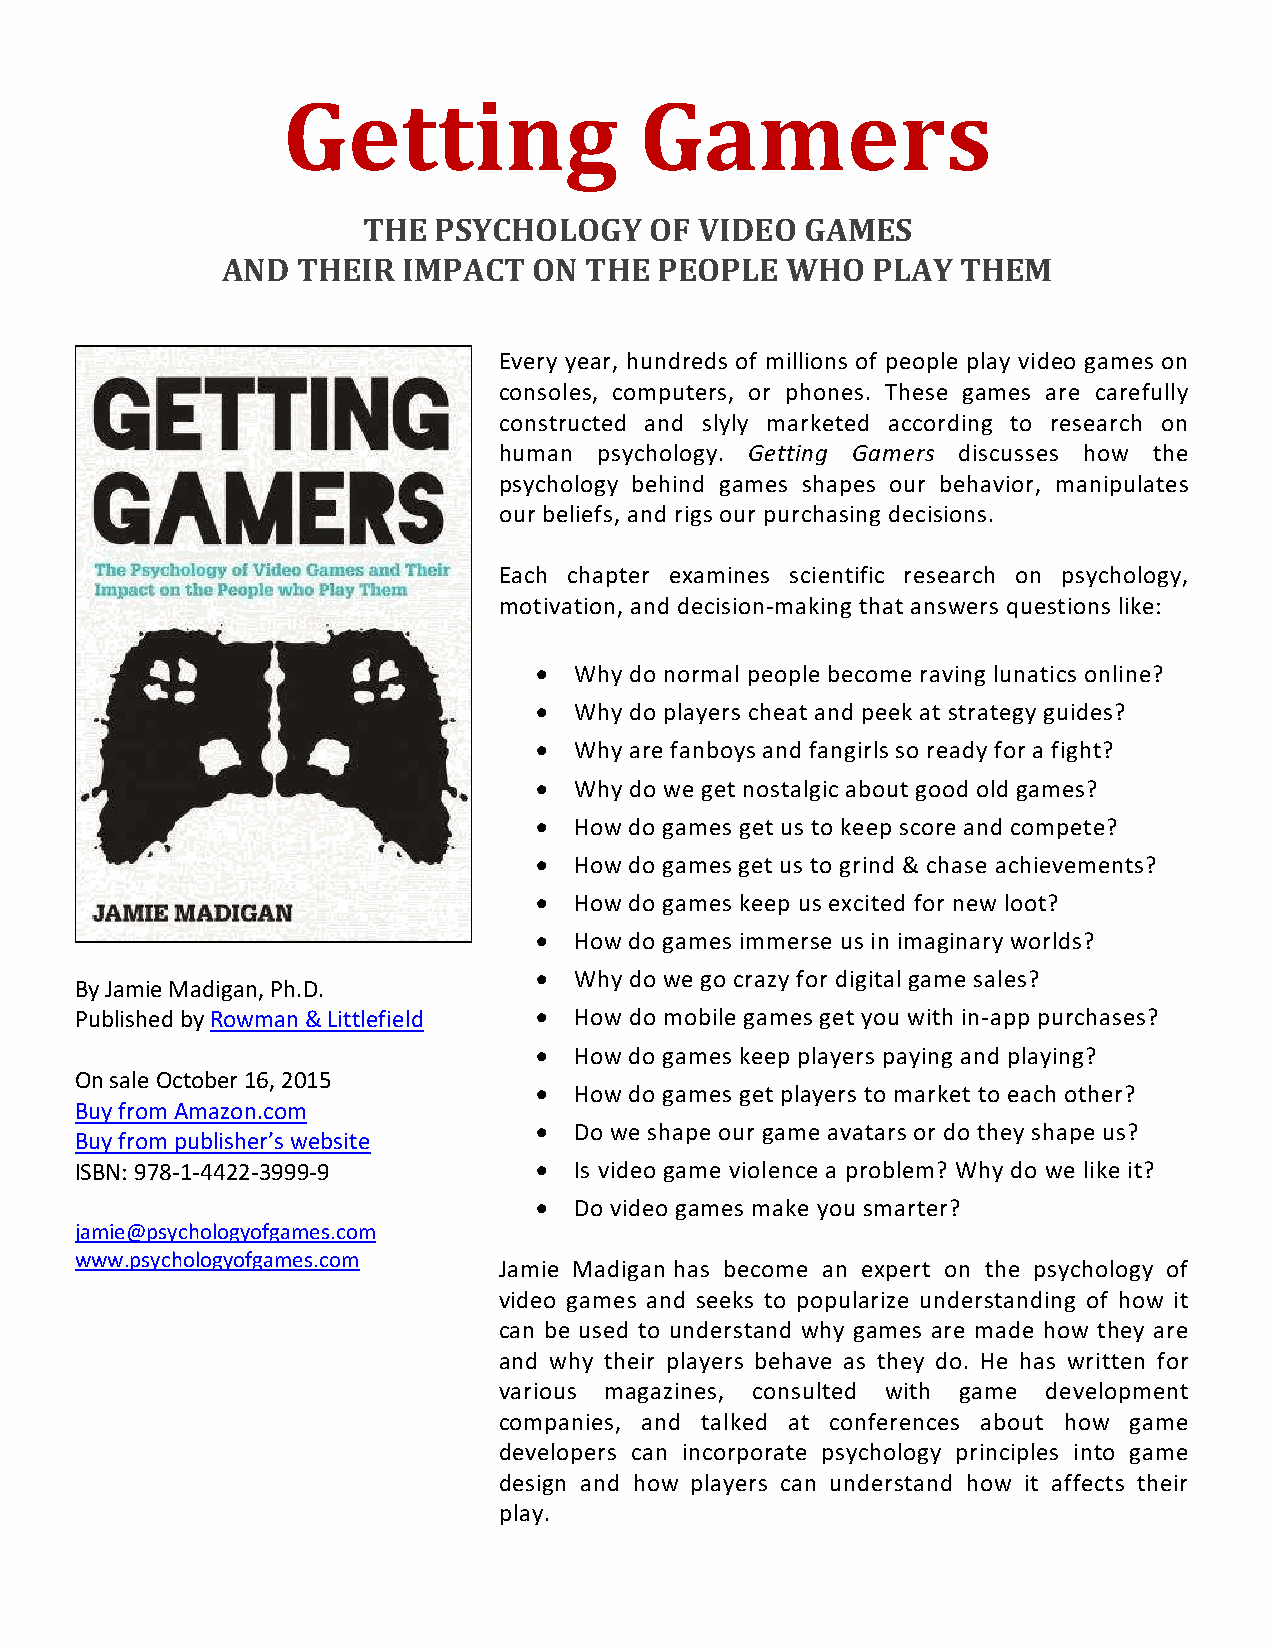
Getting                Gamers
 THE  PSYCHOLOGY    OF VIDEO  GAMES
 AND  THEIR  IMPACT  ON  THE  PEOPLE  WHO   PLAY  THEM
 Every year, hundreds of millions of people play video games on
 consoles, computers, or phones. These games are carefully
 constructed and slyly marketed according to research on
 human  psychology. Getting Gamers discusses how the
 psychology behind games shapes our behavior, manipulates
 our beliefs, and rigs our purchasing decisions.
 Each chapter examines scientific research on psychology,
 motivation, and decision-making that answers questions like:
 • Why do normal people become raving lunatics online?
 • Why do players cheat and peek at strategy guides?
 • Why are fanboys and fangirls so ready for a fight?
 • Why do we get nostalgic about good old games?
 • How do games get us to keep score and compete?
 • How do games get us to grind & chase achievements?
 • How do games keep us excited for new loot?
 • How do games immerse us in imaginary worlds?
 • Why do we go crazy for digital game sales?
 By Jamie Madigan, Ph.D.
 Published by Rowman & Littlefield • How do mobile games get you with in-app purchases?
 • How do games keep players paying and playing?
 On sale October 16, 2015
 • How do games get players to market to each other?
 Buy from Amazon.com
 • Do we shape our game avatars or do they shape us?
 Buy from publisher’s website
 ISBN: 978-1-4422-3999-9        • Is video game violence a problem? Why do we like it?
 • Do video games make you smarter?
 jamie@psychologyofgames.com
 www.psychologyofgames.com
 Jamie Madigan has become an expert on the psychology of
 video games and seeks to popularize understanding of how it
 can be used to understand why games are made how they are
 and why their players behave as they do. He has written for
 various magazines, consulted with game development
 companies, and talked at conferences about how game
 developers can incorporate psychology principles into game
 design and how players can understand how it affects their
 play.